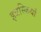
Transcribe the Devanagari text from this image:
इत्रस्कियों